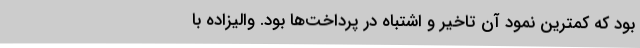
بود که کمترین نمود آن تاخیر و اشتباه در پرداخت‌ها بود. والیزاده با